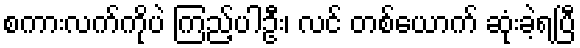
စကားလက်ကိုပဲ ကြည့်ပါဦး၊ လင် တစ်ယောက် ဆုံးခဲ့ရပြီ